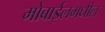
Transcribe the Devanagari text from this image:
मोबाईलमधील